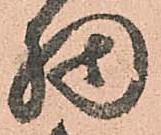
細